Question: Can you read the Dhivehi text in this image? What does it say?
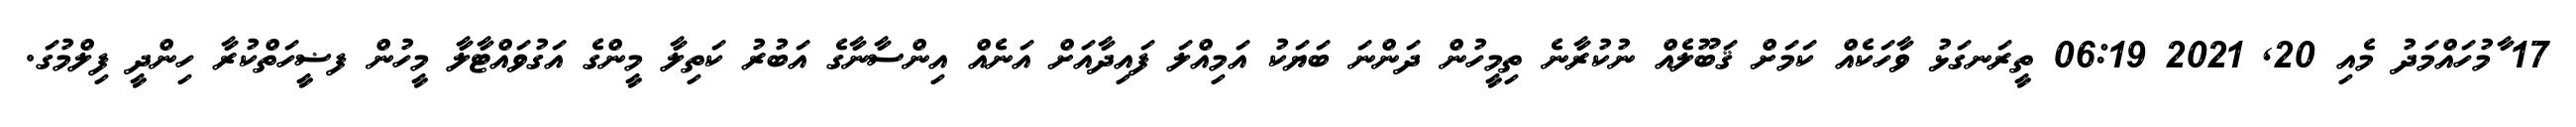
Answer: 17 ާމުހައްމަދު މެއި 20, 2021 06:19 ތީރަނގަޅު ވާހަކެއް ކަމަށް ޤަބޫލެއް ނުކުރާނެ ތިމީހުން ދަންނަ ބަޔަކު އަމިއްލަ ފައިދާއަށް އަނެއް އިންސާނާގެ އަބުރު ކަތިލާ މީންގެ އަގުވައްޓާލާ މީހުން ފޟީހަތްކުރާ ހިންދީ ފިލްމުގަ.